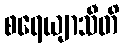
စရေယျာသီတိ